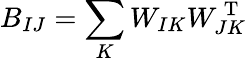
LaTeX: B_{IJ}=\sum_{K}W_{IK}W_{JK}^{\mathrm{~T~}}